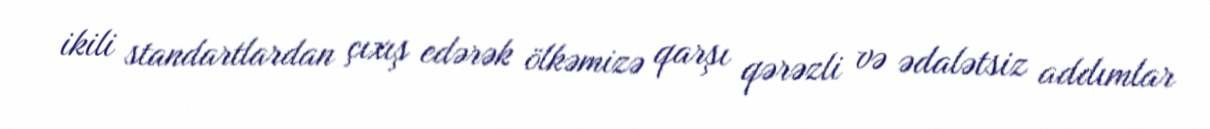
ikili standartlardan çıxış edərək ölkəmizə qarşı qərəzli və ədalətsiz addımlar